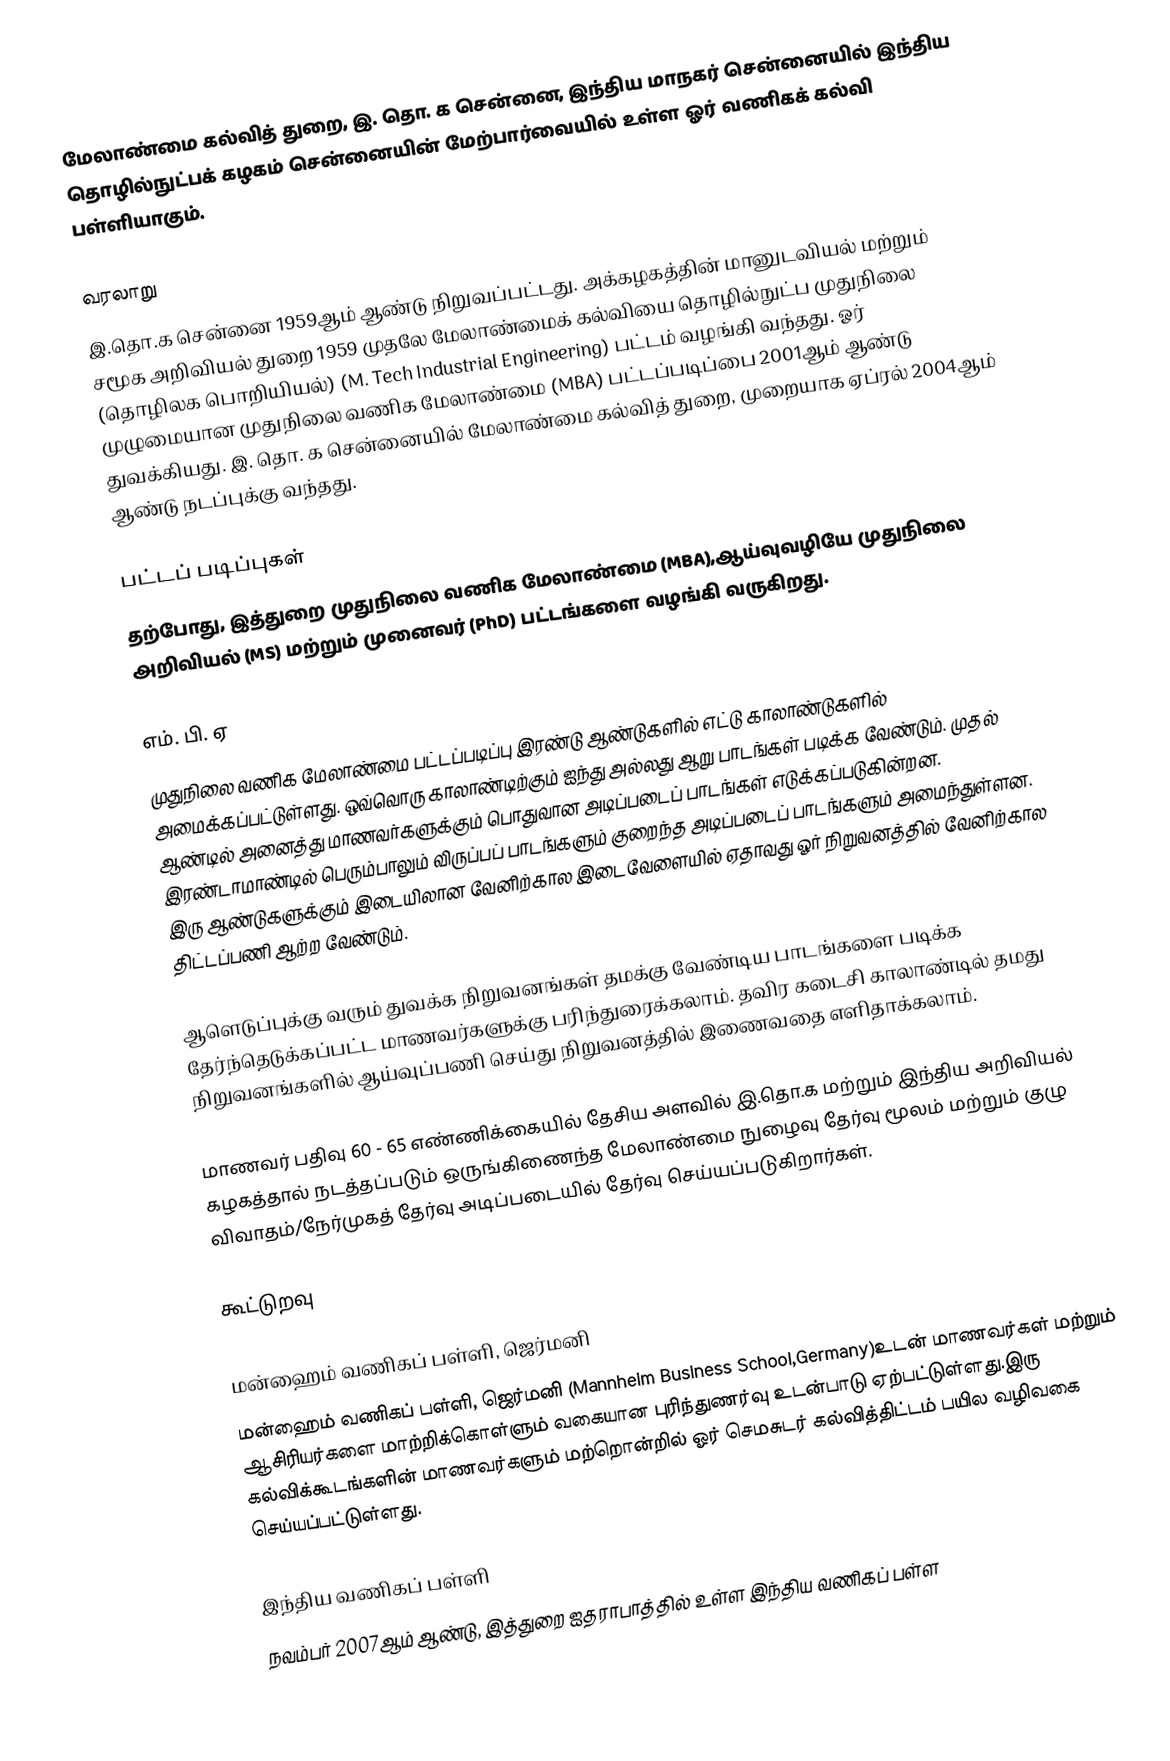
மேலாண்மை கல்வித் துறை, இ. தொ. க சென்னை, இந்திய மாநகர் சென்னையில் இந்திய தொழில்நுட்பக் கழகம் சென்னையின் மேற்பார்வையில் உள்ள ஓர் வணிகக் கல்வி பள்ளியாகும்.

வரலாறு
இ.தொ.க சென்னை 1959ஆம் ஆண்டு நிறுவப்பட்டது. அக்கழகத்தின் மானுடவியல் மற்றும் சமூக அறிவியல் துறை 1959 முதலே மேலாண்மைக் கல்வியை தொழில்நுட்ப முதுநிலை (தொழிலக பொறியியல்) (M. Tech Industrial Engineering) பட்டம் வழங்கி வந்தது. ஓர் முழுமையான முதுநிலை வணிக மேலாண்மை (MBA) பட்டப்படிப்பை 2001ஆம் ஆண்டு துவக்கியது. இ. தொ. க சென்னையில் மேலாண்மை கல்வித் துறை, முறையாக ஏப்ரல் 2004ஆம் ஆண்டு நடப்புக்கு வந்தது.

பட்டப் படிப்புகள்
தற்போது, இத்துறை முதுநிலை வணிக மேலாண்மை (MBA),ஆய்வுவழியே முதுநிலை அறிவியல் (MS) மற்றும் முனைவர் (PhD) பட்டங்களை வழங்கி வருகிறது.

எம். பி. ஏ
முதுநிலை வணிக மேலாண்மை பட்டப்படிப்பு இரண்டு ஆண்டுகளில் எட்டு காலாண்டுகளில் அமைக்கப்பட்டுள்ளது. ஒவ்வொரு காலாண்டிற்கும் ஐந்து அல்லது ஆறு பாடங்கள் படிக்க வேண்டும். முதல் ஆண்டில் அனைத்து மாணவர்களுக்கும் பொதுவான அடிப்படைப் பாடங்கள் எடுக்கப்படுகின்றன. இரண்டாமாண்டில் பெரும்பாலும் விருப்பப் பாடங்களும் குறைந்த அடிப்படைப் பாடங்களும் அமைந்துள்ளன. இரு ஆண்டுகளுக்கும் இடையிலான வேனிற்கால இடைவேளையில் ஏதாவது ஓர் நிறுவனத்தில் வேனிற்கால திட்டப்பணி ஆற்ற வேண்டும்.

ஆளெடுப்புக்கு வரும் துவக்க நிறுவனங்கள் தமக்கு வேண்டிய பாடங்களை படிக்க தேர்ந்தெடுக்கப்பட்ட மாணவர்களுக்கு பரிந்துரைக்கலாம். தவிர கடைசி காலாண்டில் தமது நிறுவனங்களில் ஆய்வுப்பணி செய்து நிறுவனத்தில் இணைவதை எளிதாக்கலாம்.

மாணவர் பதிவு 60 - 65 எண்ணிக்கையில் தேசிய அளவில் இ.தொ.க மற்றும் இந்திய அறிவியல் கழகத்தால் நடத்தப்படும் ஒருங்கிணைந்த மேலாண்மை நுழைவு தேர்வு மூலம் மற்றும் குழு விவாதம்/நேர்முகத் தேர்வு அடிப்படையில் தேர்வு செய்யப்படுகிறார்கள்.

கூட்டுறவு

மன்ஹைம் வணிகப் பள்ளி, ஜெர்மனி
மன்ஹைம் வணிகப் பள்ளி, ஜெர்மனி (Mannheim Business School,Germany)உடன் மாணவர்கள் மற்றும் ஆசிரியர்களை மாற்றிக்கொள்ளும் வகையான புரிந்துணர்வு உடன்பாடு ஏற்பட்டுள்ளது.இரு கல்விக்கூடங்களின் மாணவர்களும் மற்றொன்றில் ஓர் செமசுடர் கல்வித்திட்டம் பயில வழிவகை செய்யப்பட்டுள்ளது.

இந்திய வணிகப் பள்ளி
நவம்பர் 2007ஆம் ஆண்டு, இத்துறை ஐதராபாத்தில் உள்ள இந்திய வணிகப் பள்ள